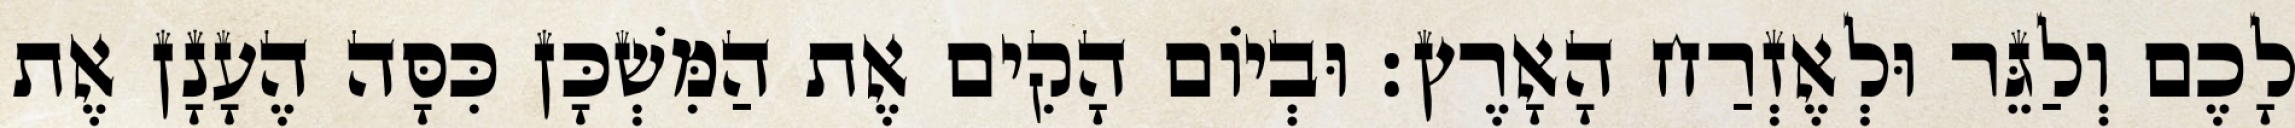
לָכֶם וְלַגֵּר וּלְאֶזְרַח הָאָרֶץ׃ וּבְיוֹם הָקִים אֶת הַמִּשְׁכָּן כִּסָּה הֶעָנָן אֶת